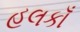
હલકાઁ